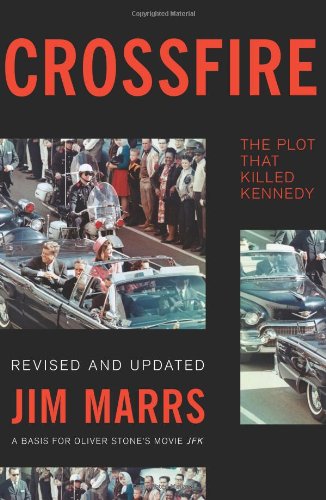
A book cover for Crossfire: The Plot That Killed Kennedy; Jim Marrs; Biographies & Memoirs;